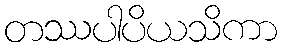
တဿပါပိယသိကာ